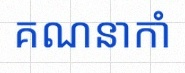
គណនាកាំ